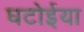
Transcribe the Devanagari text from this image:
घटोईया